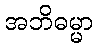
အဘိဓမ္မာ